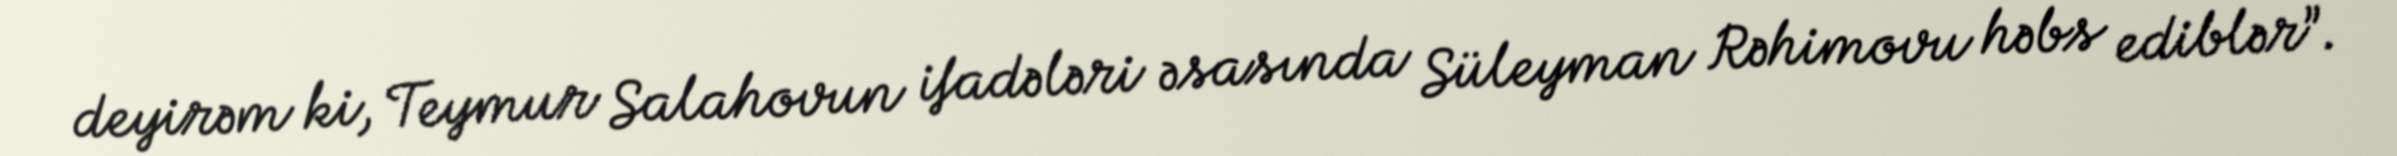
deyirəm ki, Teymur Salahovun ifadələri əsasında Süleyman Rəhimovu həbs ediblər”.